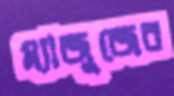
ম্যাজুজের